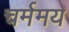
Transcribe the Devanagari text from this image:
चर्ममय